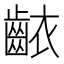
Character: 𬹶